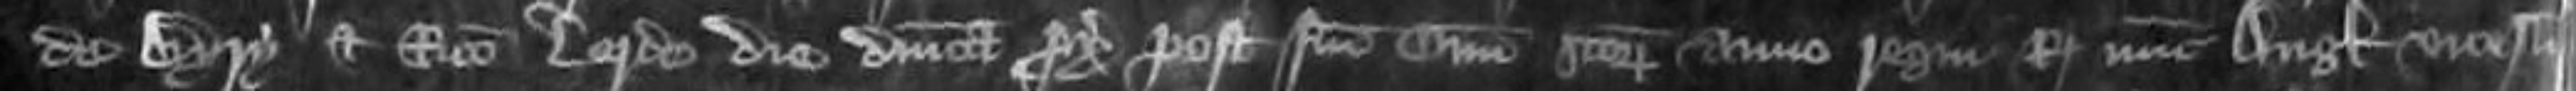
de Bury et Ricardo Lorde die Dominica proximo post Festum Omnium Sanctorum anno regni Regis nunc Anglie vicesimo